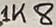
Text: 1K8